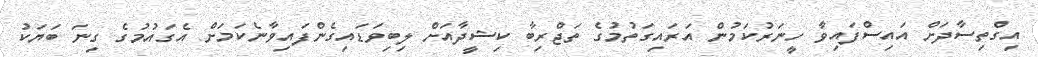
އިގްތިސާދަށް އައިސްފައިވާ ހީނަރުކަމުން އަރައިގަތުމުގެ ތަޖްރިބާ ކިޝީދާއަށް ލިބިވަޑައިގެންފައިވާނެކަމަށް އެގައުމުގެ ގިނަ ބަޔަކު